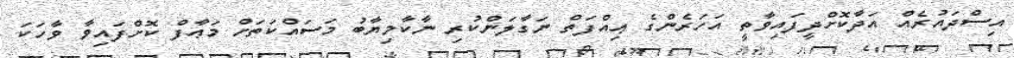
އިސްދައުރެއް އަދާކޮށްދީފައިވާތީ އަހަރެންގެ ޢިއްފަތް ނަގާލަންކުރި ނާކާމިޔާބު މަސައްކަތަށް މަޢާފް ކޮށްފައިވާ ވާހަކަ